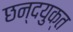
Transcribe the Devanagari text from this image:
छन्दयुक्त